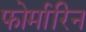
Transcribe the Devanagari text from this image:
फोर्मारिन